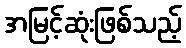
အမြင့်ဆုံးဖြစ်သည့်